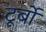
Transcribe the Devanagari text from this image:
टूर्बो